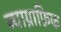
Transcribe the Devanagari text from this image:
ज्याग्राफ़िक